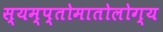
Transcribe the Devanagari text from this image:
स्यम्प्तोमातोलोग्य